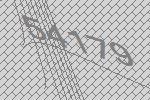
54179